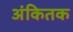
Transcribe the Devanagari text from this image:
अंकितक